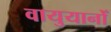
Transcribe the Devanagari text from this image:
वायुयानोँ